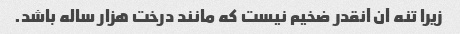
زیرا تنه آن آنقدر ضخیم نیست که مانند درخت هزار ساله باشد.